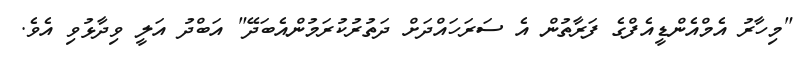
"މިހާރު އެމްއެންޑީއެފްގެ ފަރާތުން އެ ސަރަހައްދަށް ދަތުރުކުރަމުންއެބަދޭ" އަބްދު އަލީ ވިދާޅުވި އެވެ.